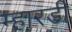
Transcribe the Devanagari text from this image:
म्हारडी